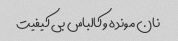
نان مونده و کالباس بی کیفیت